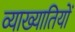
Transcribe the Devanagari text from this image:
व्याख्यातियों